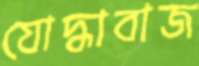
যোদ্ধাবাজ